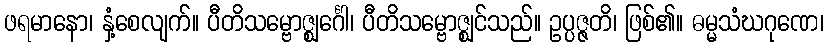
ဖရမာနော၊ နှံ့စေလျက်။ ပီတိသမ္ဗောဇ္ဈင်္ဂေါ၊ ပီတိသမ္ဗောဇ္ဈင်သည်။ ဥပ္ပဇ္ဇတိ၊ ဖြစ်၏။ ဓမ္မသံဃဂုဏေ၊